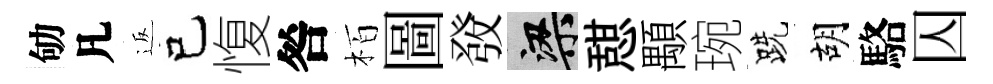
劬凡返己愎咎栢圖𤼲梁憇顒琬跣胡駱囚